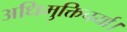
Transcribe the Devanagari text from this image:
अधिमुक्तिचर्या।